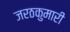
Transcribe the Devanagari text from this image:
जरठकुमारी